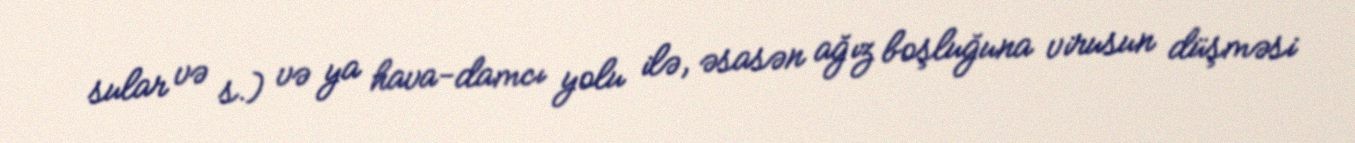
sular və s.) və ya hava-damcı yolu ilə, əsasən ağız boşluğuna virusun düşməsi